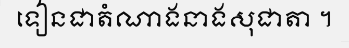
ទៀនជាតំណាងនាងសុជាតា ។